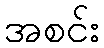
အစင်း